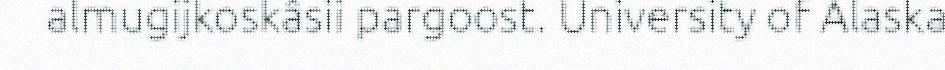
almugijkoskâsii pargoost. University of Alaska